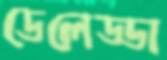
ডেলেড্ডা